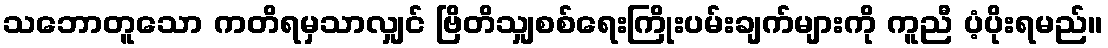
သဘောတူသော ကတိရမှသာလျှင် ဗြိတိသျှစစ်ရေးကြိုးပမ်းချက်များကို ကူညီ ပံ့ပိုးရမည်။